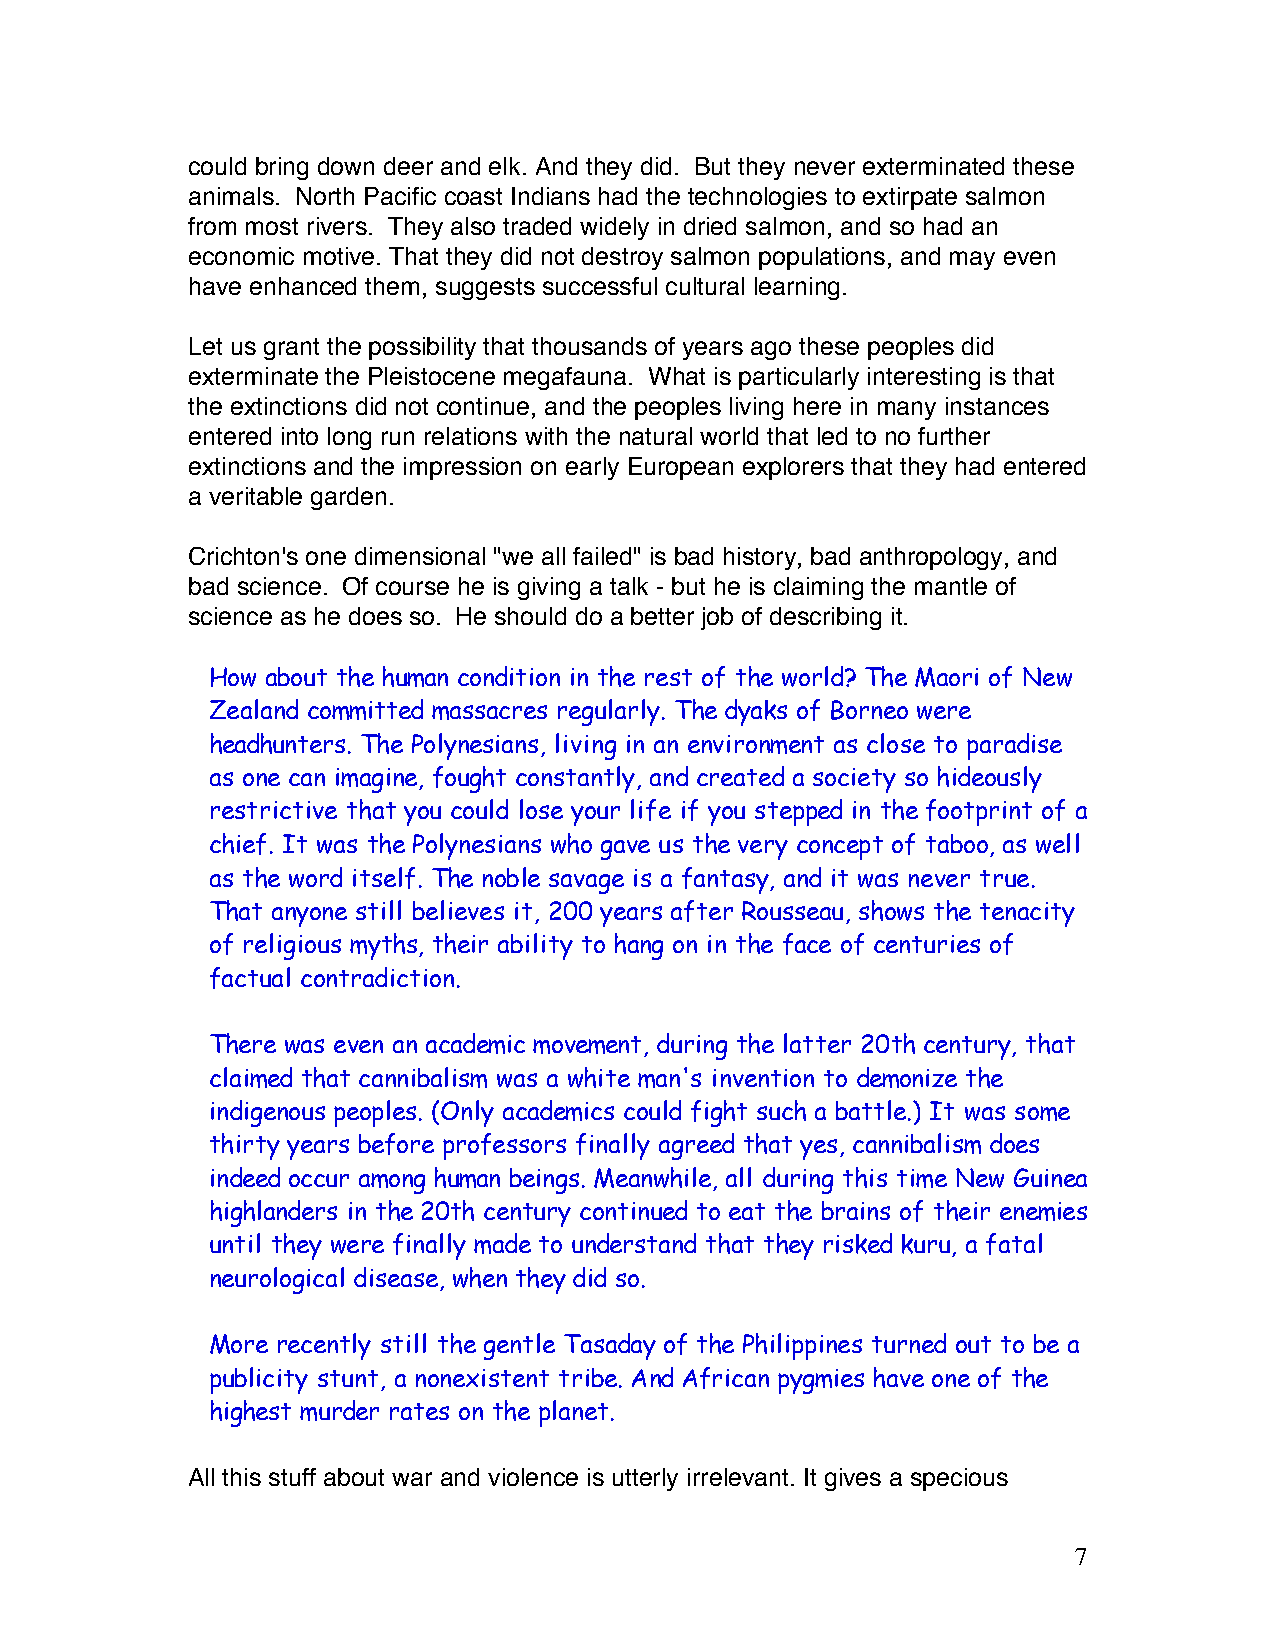
could bring down deer and elk. And they did. But they never exterminated these
 animals. North Pacific coast Indians had the technologies to extirpate salmon
 from most rivers. They also traded widely in dried salmon, and so had an
 economic motive. That they did not destroy salmon populations, and may even
 have enhanced them, suggests successful cultural learning.
 Let us grant the possibility that thousands of years ago these peoples did
 exterminate the Pleistocene megafauna. What is particularly interesting is that
 the extinctions did not continue, and the peoples living here in many instances
 entered into long run relations with the natural world that led to no further
 extinctions and the impression on early European explorers that they had entered
 a veritable garden.
 Crichton's one dimensional "we all failed" is bad history, bad anthropology, and
 bad science. Of course he is giving a talk - but he is claiming the mantle of
 science as he does so. He should do a better job of describing it.
 How about the human condition in the rest of the world? The Maori of New
 Zealand committed massacres regularly. The dyaks of Borneo were
 headhunters. The Polynesians, living in an environment as close to paradise
 as one can imagine, fought constantly, and created a society so hideously
 restrictive that you could lose your life if you stepped in the footprint of a
 chief. It was the Polynesians who gave us the very concept of taboo, as well
 as the word itself. The noble savage is a fantasy, and it was never true.
 That anyone still believes it, 200 years after Rousseau, shows the tenacity
 of religious myths, their ability to hang on in the face of centuries of
 factual contradiction.
 There was even an academic movement, during the latter 20th century, that
 claimed that cannibalism was a white man's invention to demonize the
 indigenous peoples. (Only academics could fight such a battle.) It was some
 thirty years before professors finally agreed that yes, cannibalism does
 indeed occur among human beings. Meanwhile, all during this time New Guinea
 highlanders in the 20th century continued to eat the brains of their enemies
 until they were finally made to understand that they risked kuru, a fatal
 neurological disease, when they did so.
 More recently still the gentle Tasaday of the Philippines turned out to be a
 publicity stunt, a nonexistent tribe. And African pygmies have one of the
 highest murder rates on the planet.
 All this stuff about war and violence is utterly irrelevant. It gives a specious
 7